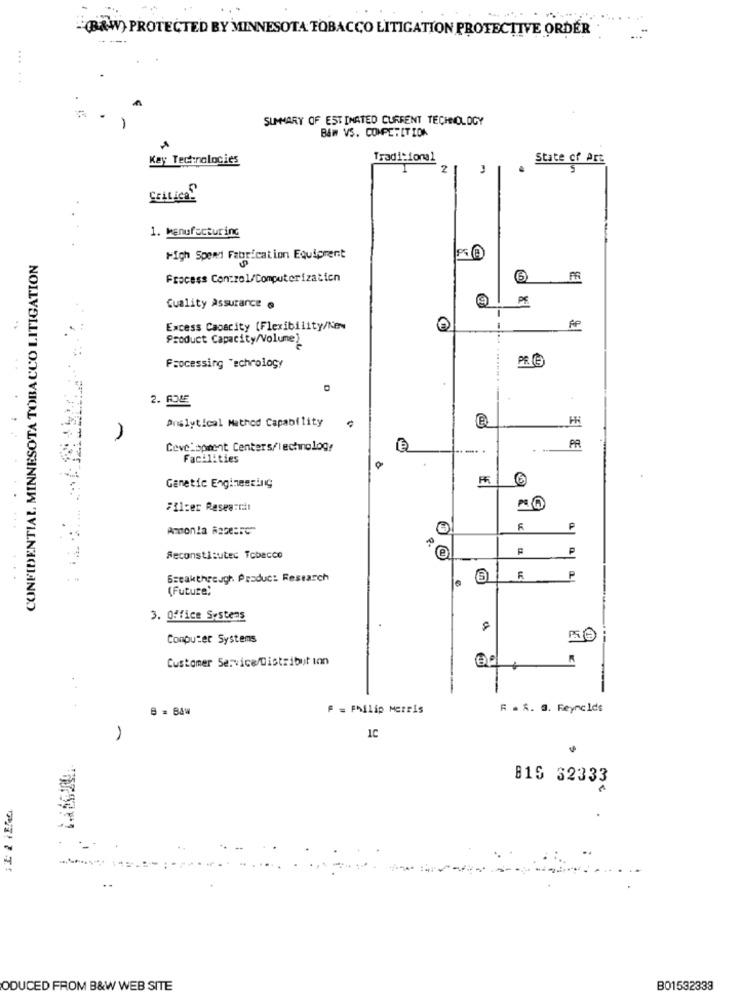
"(B&W) PROTECTED BY MINNESOTA TOBACCO LITIGATION PROTECTIVE ORDER"
...
SUMMARY OF EST INATED CURRENT TECHNOLOGY
B&W VS. COMPETITION
Key Technolocies
Traditional
State of Art
2
CELLica!
1. Manufacturing
CONFIDENTIAL, MINNESOTA TOBACCO LITIGATION
High Speed Fabrication Equipment
Process Control/Computerization
6
Quality Assurance @
Excess Capacity (Flexibility/New
Product Capacity/Volume)
PR
Processing "schrology
2. FOLE
.
Analytical Method Capability
Development Centers/lechinolog,
.-
PR
Facilities
Genetic Engineering
Amconla Race:rc
F
P
e
F
P
Reconstituted Tobacco
Breakthrough. Produc: Research
P
(Future,
3. Office Systems
Computer Systems
Customer Service/Distribut ton
R
....
F = Philip Morris
R . A. G. Reynolds
IC
B15 32333
ODUCED FROM B&W WEB SITE
B01532333